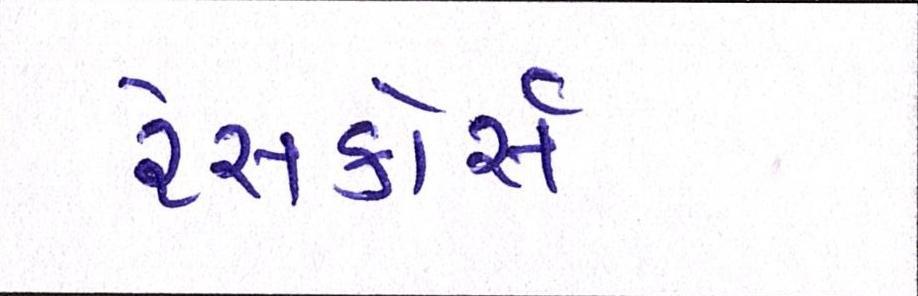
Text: રેસકોર્સ